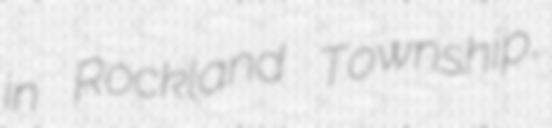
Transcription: in Rockland Township,